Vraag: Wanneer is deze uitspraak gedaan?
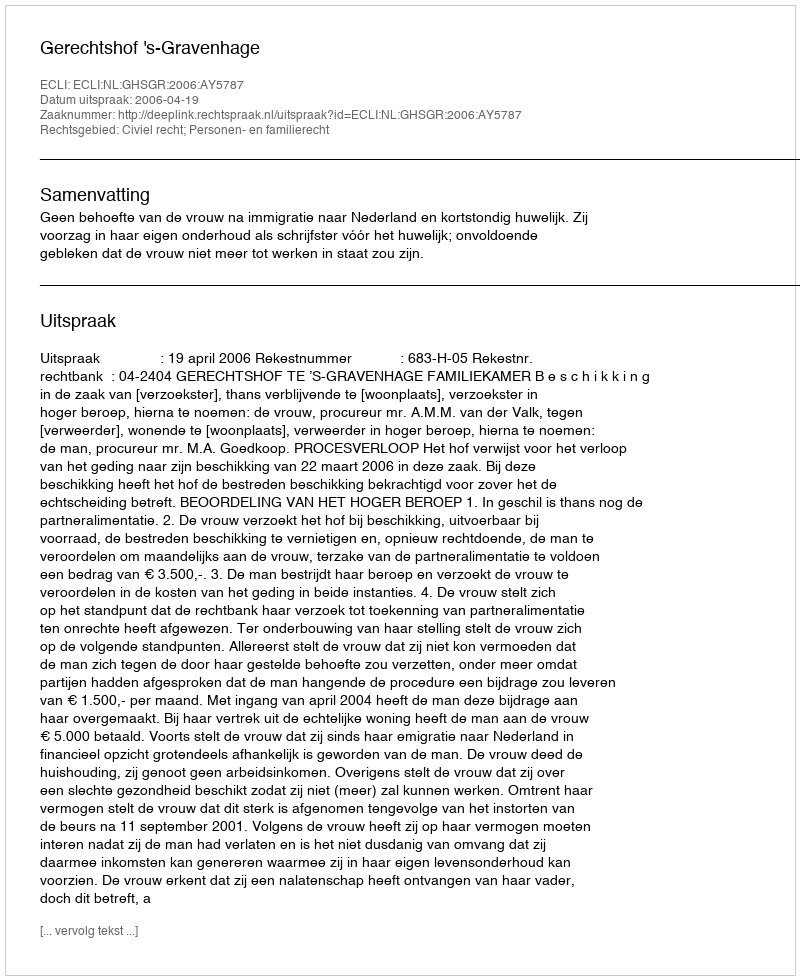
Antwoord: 2006-04-19